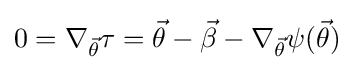
0=\nabla _{\vec {\theta }}\tau ={\vec {\theta }}-{\vec {\beta }}-\nabla _{\vec {\theta }}\psi ({\vec {\theta }})